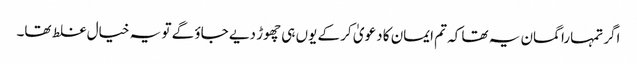
اگر تمہارا گمان یہ تھا کہ تم ایمان کا دعویٰ کر کے یوں ہی چھوڑ دیے جاؤ گے تو یہ خیال غلط تھا۔